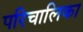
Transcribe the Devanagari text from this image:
परिचालिका